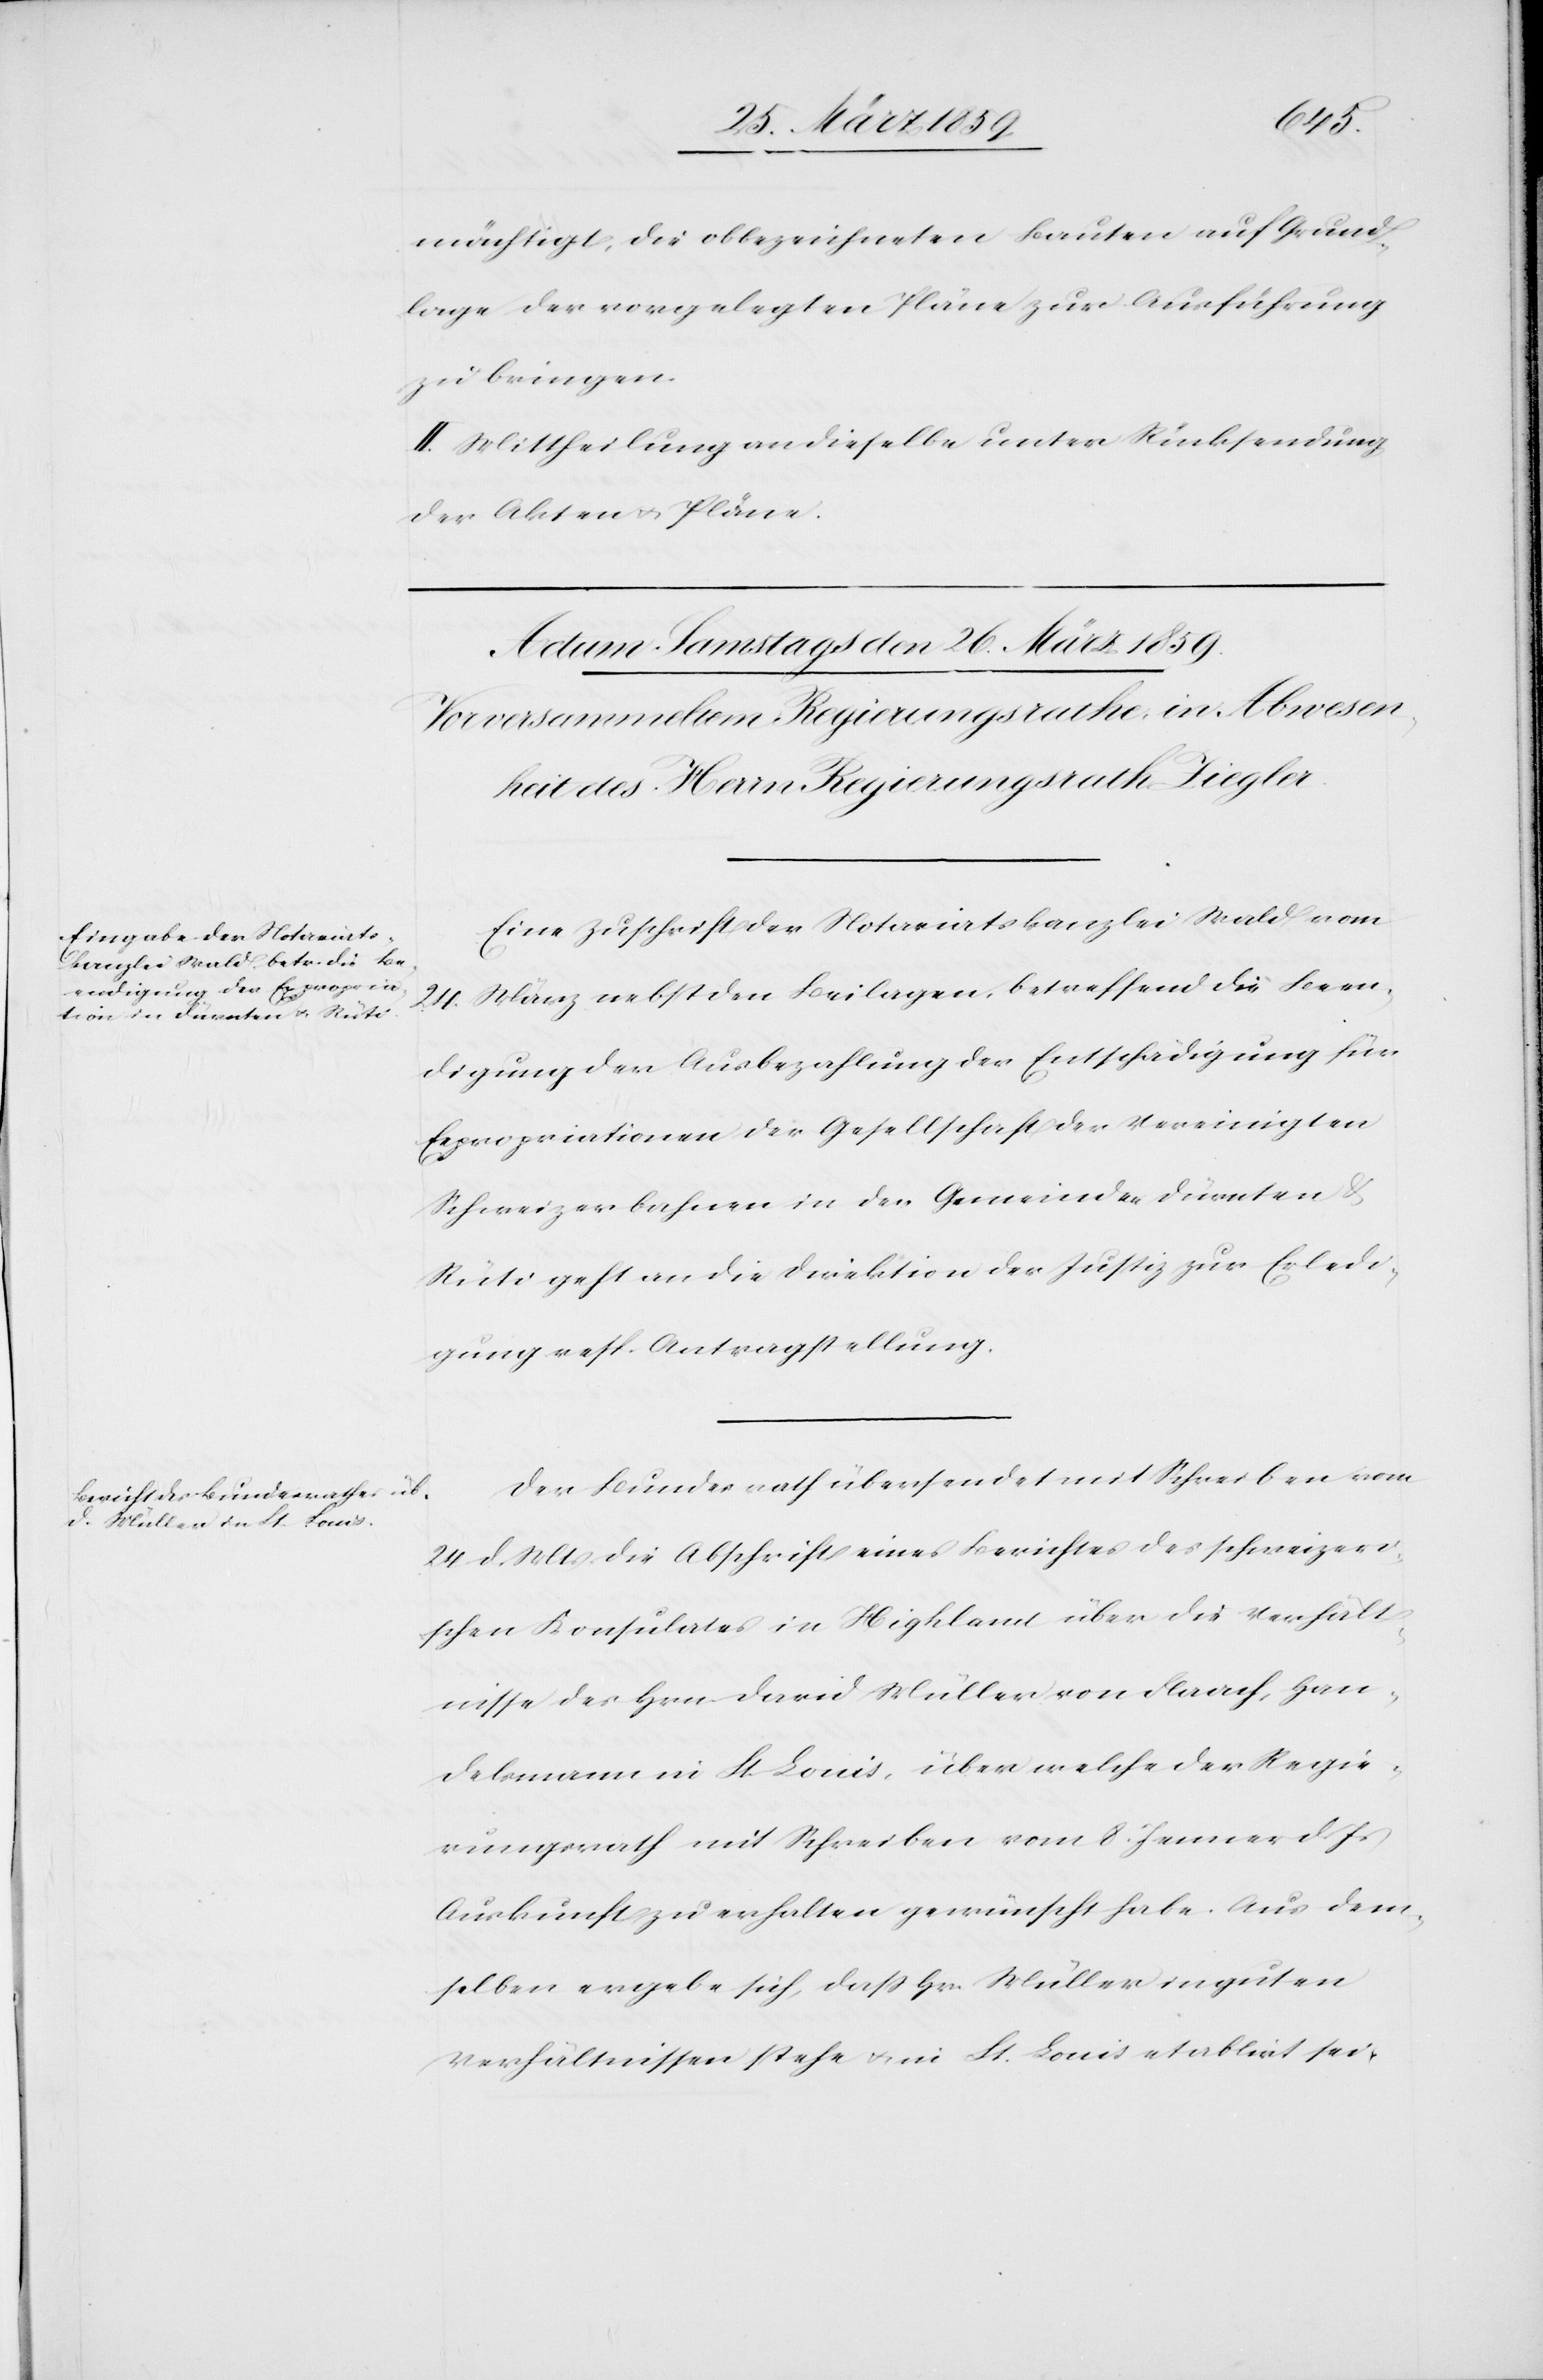
mächtigt; die obbezeichneten Bauten auf Grund¬
lage der vorgelegten Pläne zur Ausführung
zu bringen.
II. Mittheilung an dieselbe unter Rücksendung
der Akten u. Pläne.
Eine Zuschrift der Notariatskanzlei Wald vom
24. März nebst den Beilagen, betreffend die Been¬
digung der Ausbezahlung der Entschädigung für
Expropriationen der Gesellschaft der Vereinigten
Schweizerbahnen in den Gemeinden Dürnten &
Rüti geht an die Direktion der Justiz zur Erledi¬
gung resp. Antragstellung.
Der Bundesrath übersendet mit Schreiben vom
24 d. Mts. die Abschrift eines Berichtes des schweizeri¬
schen Konsulates in Highland über die Verhält¬
nisse des Hrn. David Müller von Flaach, Han¬
delsmann in St. Louis, über welche der Regie¬
rungsrath mit Schreiben vom 8. Jenner d. Js
Auskunft zu erhalten gewünscht habe. Aus dem¬
selben ergebe sich, daß Hr. Müller in guten
Verhältnissen stehe u. in St. Louis etablirt sei,